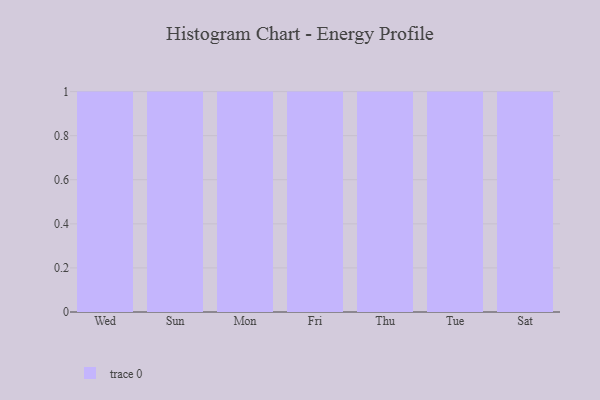
{"axis": {"x": "Day", "y": "Shipments"}, "legend": [""], "data": [{"x": "Wed", "y": 62, "type": ""}, {"x": "Sun", "y": 80, "type": ""}, {"x": "Mon", "y": 96, "type": ""}, {"x": "Fri", "y": 22, "type": ""}, {"x": "Thu", "y": 43, "type": ""}, {"x": "Tue", "y": 5, "type": ""}, {"x": "Sat", "y": 95, "type": ""}]}